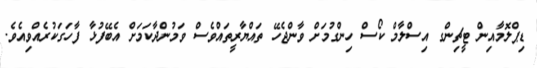
ޑިޕްލޮމާއިން ޓީޗިންގ އިސްލާމް ކޯސް ހިންގުމަށް ވާންޖެހޭ ތައްޔާރީތައްވެސް ވަމުންދާކަމަށް އެބޭފުޅާ ފާހަގަކުރެއްވިއެވެ.